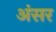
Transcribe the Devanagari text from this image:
अंसर